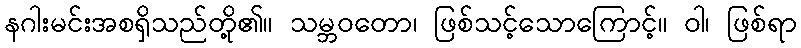
နဂါးမင်းအစရှိသည်တို့၏။ သမ္ဘဝတော၊ ဖြစ်သင့်သောကြောင့်။ ဝါ၊ ဖြစ်ရာ